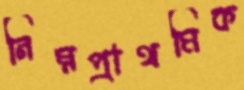
নিম্নপ্রাথমিক